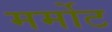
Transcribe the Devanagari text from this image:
मर्मोट